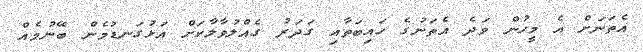
އެތަނަށް އެ މީހުން ވަދެ އެތަނުގެ ހައިބަތާއި ގަދަރު ގެއްލުވާލާކަށް އަޅުގަނޑުމެން ބޭނުމެއް